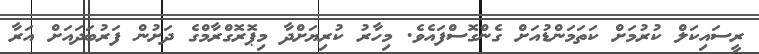
ރީސައިކަލް ކުރުމަށް ކަތަމަންޑުއަށް ގެންގޮސްފައެވެ. މިހާރު ކުރިޔަށްދާ މިޕޮރޮގްރާމްގެ ދަށުން ފަރުބަދައަށް އަރާ